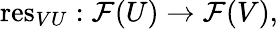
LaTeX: \mathrm{res}_{VU}:{\mathcal{F}}(U)\to{\mathcal{F}}(V),